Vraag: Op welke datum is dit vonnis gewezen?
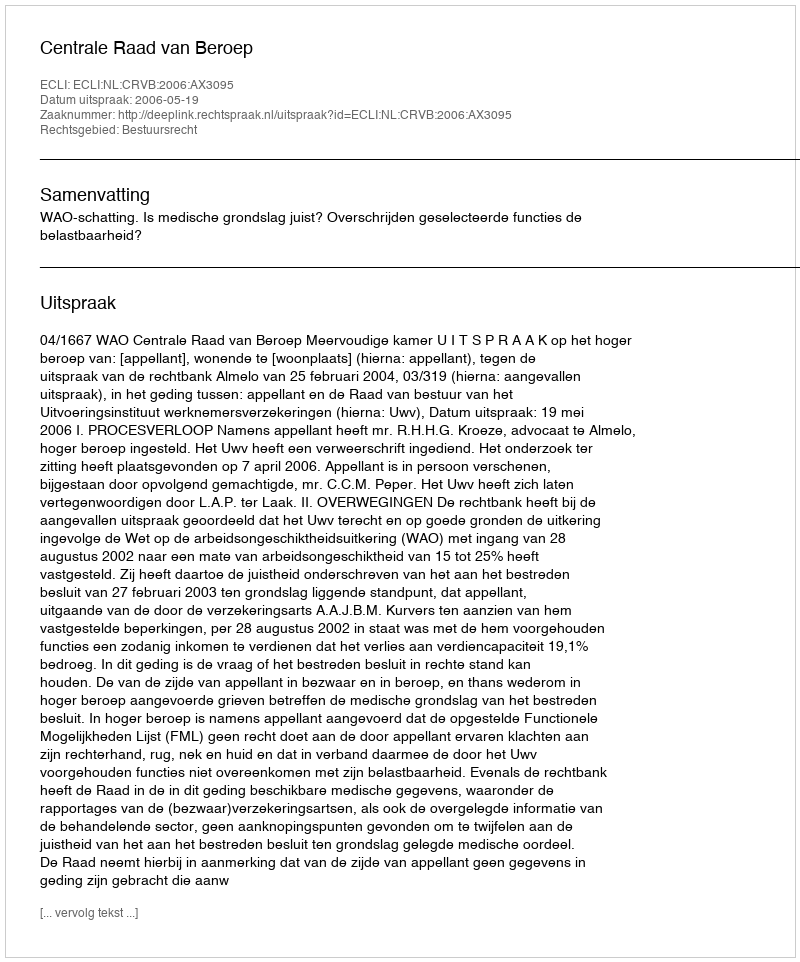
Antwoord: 2006-05-19